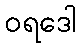
ဝရဒေါ